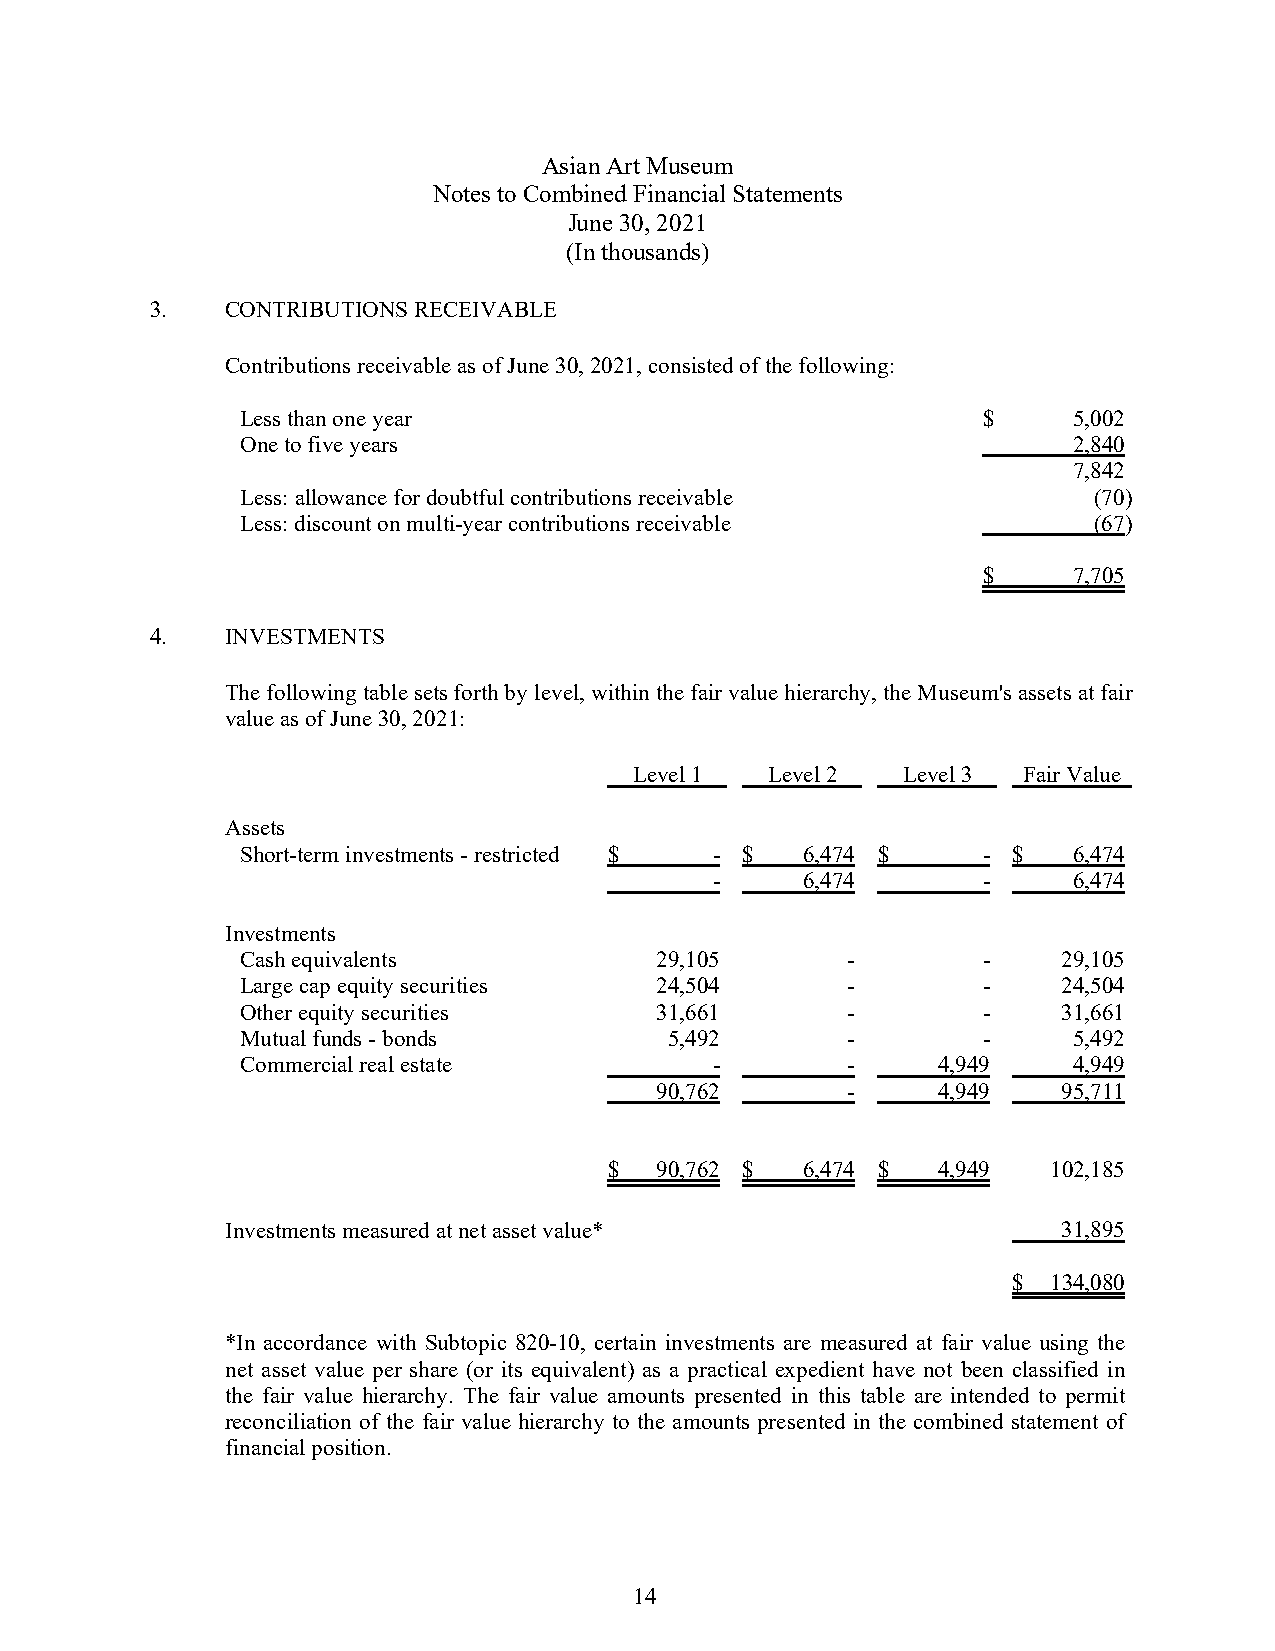
Asian Art Museum
 Notes to Combined Financial Statements
 June 30, 2021
 (In thousands)
 3.   CONTRIBUTIONS RECEIVABLE
 Contributions receivable as of June 30, 2021, consisted of the following:
 Less than one year                               $     5,002
 One to five years                                      2,840
 7,842
 Less: allowance for doubtful contributions receivable   (70)
 Less: discount on multi-year contributions receivable   (67)
 $     7,705
 4.   INVESTMENTS
 The following table sets forth by level, within the fair value hierarchy, the Museum's assets at fair
 value as of June 30, 2021:
 Level 1  Level 2  Level 3 Fair Value
 Assets
 Short-term investments - restricted $ - $ 6,474 $ - $  6,474
 -     6,474       -     6,474
 Investments
 Cash equivalents           29,105       -        -    29,105
 Large cap equity securities 24,504      -        -    24,504
 Other equity securities    31,661       -        -    31,661
 Mutual funds - bonds        5,492       -        -     5,492
 Commercial real estate         -        -     4,949    4,949
 90,762       -     4,949   95,711
 $  90,762 $  6,474 $  4,949   102,185
 Investments measured at net asset value*               31,895
 $  134,080
 *In accordance with Subtopic 820-10, certain investments are measured at fair value using the
 net asset value per share (or its equivalent) as a practical expedient have not been classified in
 the fair value hierarchy. The fair value amounts presented in this table are intended to permit
 reconciliation of the fair value hierarchy to the amounts presented in the combined statement of
 financial position.
 14